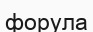
форула